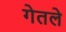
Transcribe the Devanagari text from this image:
गेतले